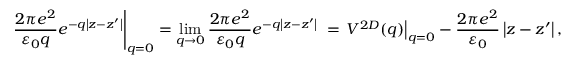
{ \left. \frac { 2 \pi e ^ { 2 } } { { \varepsilon } _ { 0 } q } e ^ { - q \left| z - z { ' } \right| } \right| } _ { q = 0 } = { \mathop { \mathrm { l i m } } _ { q \to 0 } \frac { 2 \pi e ^ { 2 } } { { \varepsilon } _ { 0 } q } e ^ { - q \left| z - z { ' } \right| } \ } = { \left. V ^ { 2 D } ( q ) \right| } _ { q = 0 } - \frac { 2 \pi e ^ { 2 } } { { \varepsilon } _ { 0 } } \left| z - z { ' } \right| ,